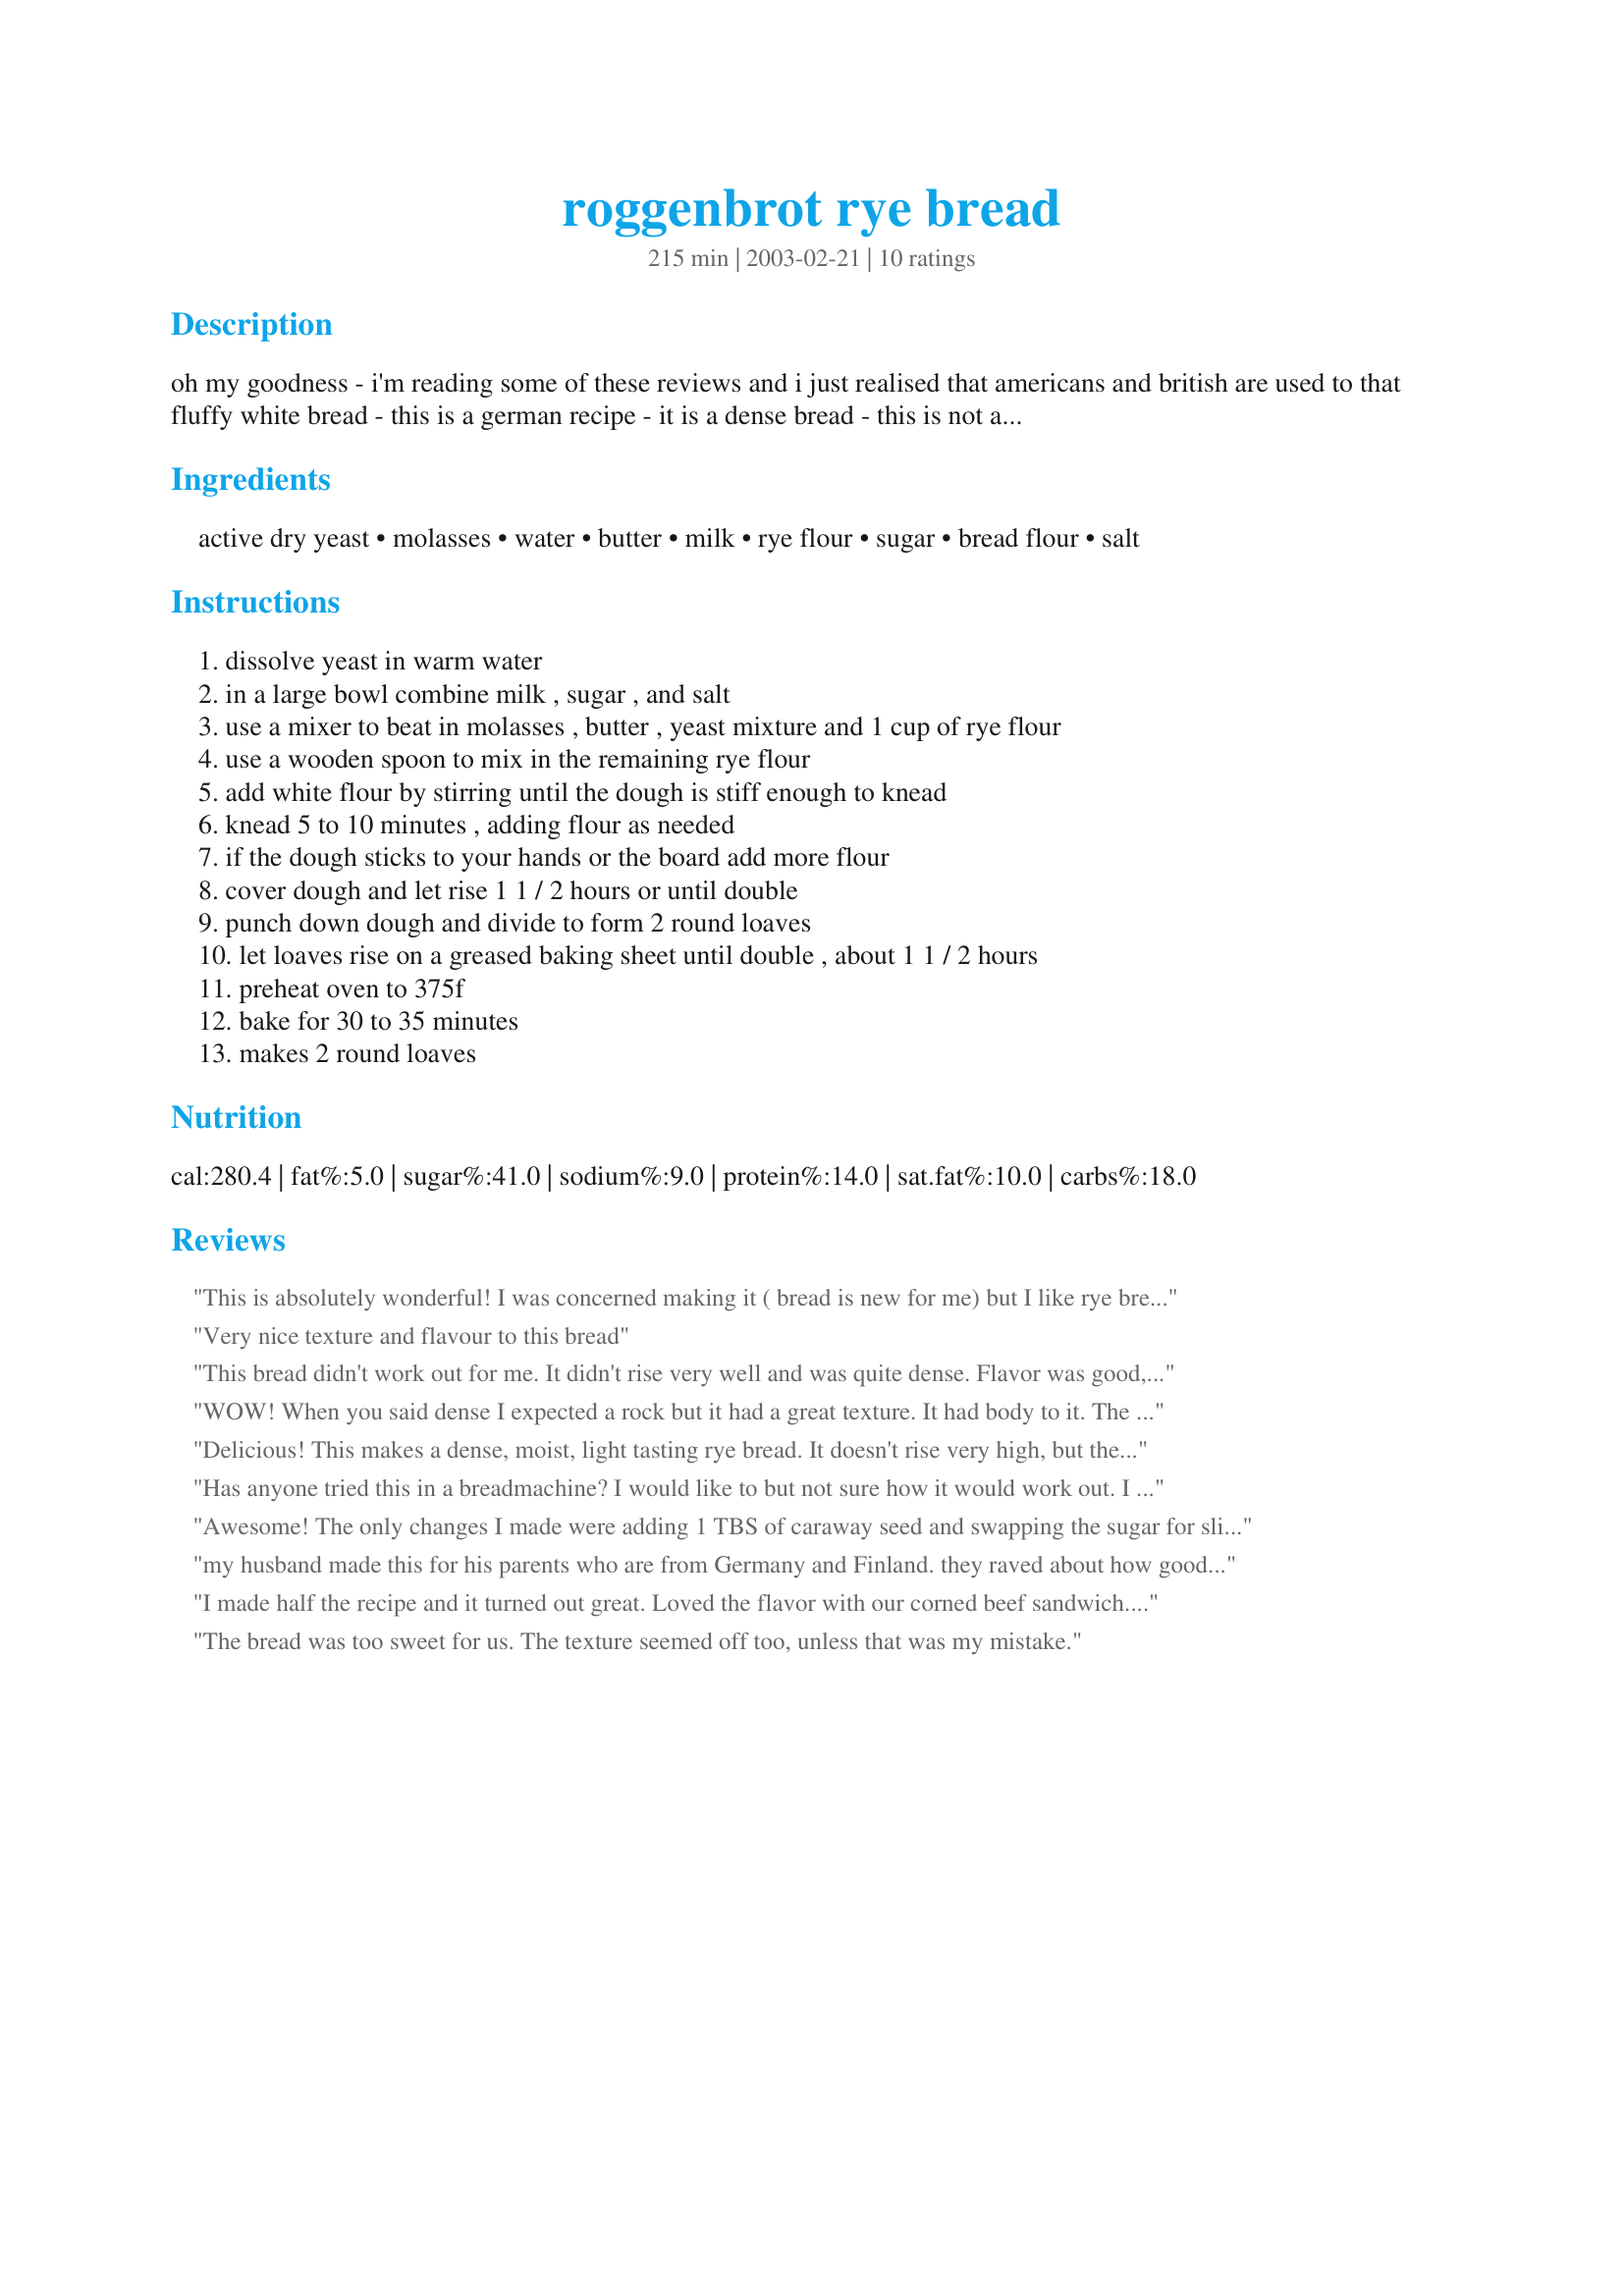
roggenbrot rye bread
Preparation time: 215 minutes

oh my goodness - i'm reading some of these reviews and i just realised that americans and british are used to that fluffy white bread - this is a german recipe - it is a dense bread - this is not a light & fluffy bread please don't expect this to come out tasting like "wonder bread" with rye flavor. this is a recipe for true, authentic rye bread - it's going to taste different from what you buy packaged in the store that was mass produced in a factory, please remember that.

just wanted to let everyone know before you invest money and time into this what to expect. thanks!

Ingredients:
active dry yeast, molasses, water, butter, milk, rye flour, sugar, bread flour, salt

Steps:
dissolve yeast in warm water, in a large bowl combine milk , sugar , and salt, use a mixer to beat in molasses , butter , yeast mixture and 1 cup of rye flour, use a wooden spoon to mix in the remaining rye flour, add white flour by stirring until the dough is stiff enough to knead, knead 5 to 10 minutes , adding flour as needed, if the dough sticks to your hands or the board add more flour, cover dough and let rise 1 1 / 2 hours or until double, punch down dough and divide to form 2 round loaves, let loaves rise on a greased baking sheet until double , about 1 1 / 2 hours, preheat oven to 375f, bake for 30 to 35 minutes, makes 2 round loaves

Reviews:
This is absolutely wonderful! I was concerned making it ( bread is new for me) but I like rye bread, and I wanted to try making some. I am glad I chose this recipe. It was easy to prepare ( I cheated and used my stand mixer) and it smelled delicious from the get-go. I did not add the caraway, although I might try that next time. I wanted to experience the flavor, and I am glad I did. The texture is FABULOUS. I love the heartiness of this bread. I also must add that I took this bread for others to try and got many complements. Thank you for sharing!
Very nice texture and flavour to this bread
This bread didn't work out for me. It didn't rise very well and was quite dense. Flavor was good, perhaps I just need to play around with the recipe a bit. I will update with higher stars on my next try if it works out better.
WOW! When you said dense I expected a rock but it had a great texture. It had body to it. The flavor was wunderbar! Like what we used to get in Germany.

Only having 2 1/2 cups of rye flour I had to make the difference up with unbleached bread flour. I heeded another reviewer and used half the sugar. I also mixed all by hand.

This is being served with a saurkraut soup to make a perfect supper on a damp, early spring night. I have to admit to cheating - I had to have a slice straight out of the oven. I know this bread will be one my hubby requests again and again.

When I was first mixing the dough the molasses aroma reminded me of making gingerbread in my grandma's kitchen. Now that it is baked the house has such a wonderful aroma. 

All in all a wonderful baking and eating experience.
Delicious! This makes a dense, moist, light tasting rye bread. It doesn't rise very high, but the flavor is wonderful. I made this in my Kitchen-Aid stand mixer and it worked out perfectly. The only change I made was to add some caraway seed, which I feel is a "must" for rye bread. My family loved this and gave it 2-thumbs up! Thank you for sharing this wonderful recipe...it is definitely a keeper.
Has anyone tried this in a breadmachine? I would like to but not sure how it would work out. I like the dense true German breads.

Marti
Foley, AL
Awesome! The only changes I made were adding 1 TBS of caraway seed and swapping the sugar for slightly less honey, which is all I had on hand. Wonderful! I don't like fluffy, cloud-like bread. Save that texture for white breads and rolls. When I want rye or whole grain, I want hearty. This bread perfectly fits the bill. My husband loves rye, so I make several different versions to change it up. This is the first rye I've made that I personally love and would probably take even over my favorite whole wheat. It also responded perfectly during prep--I didn't have to cross my fingers and hope the dough would raise properly. Thanks for posting such a great recipe!
my husband made this for his parents who are from Germany and Finland. they raved about how good it was, something they don't do much. thanks for sharing this!
I made half the recipe and it turned out great. Loved the flavor with our corned beef sandwich. Will have it with breakfast also. Looking forward to making it again but with caraway seeds.
The bread was too sweet for us. The texture seemed off too, unless that was my mistake.
